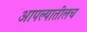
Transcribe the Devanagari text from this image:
आपल्यातीलच